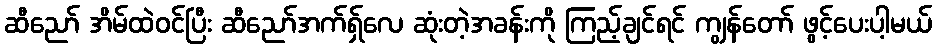
ဆီညော် အိမ်ထဲဝင်ပြီး ဆီညော်အက်ရှ်လေ ဆုံးတဲ့အခန်းကို ကြည့်ချင်ရင် ကျွန်တော် ဖွင့်ပေးပါ့မယ်